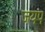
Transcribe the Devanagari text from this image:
जयप